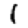
Digit: 1